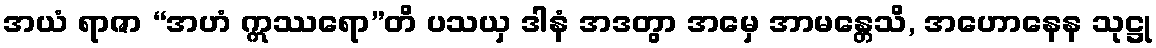
အယံ ရာဇာ “အဟံ ဣဿရော”တိ ပသယှ ဒါနံ အဒတွာ အမှေ အာမန္တေသိ, အဟောနေန သုဋ္ဌု